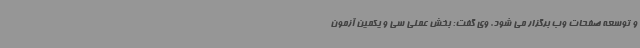
و توسعه صفحات وب برگزار می شود. وی گفت: بخش عملی سی و یکمین آزمون